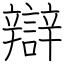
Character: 辯